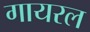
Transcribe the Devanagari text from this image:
गायरल